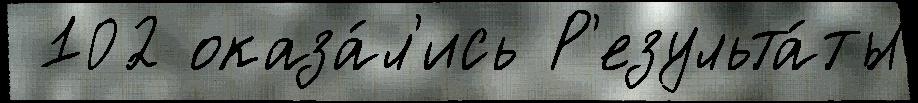
 102 оказа́л'ись Р'езульта́ты